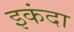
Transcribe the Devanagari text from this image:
इकंदा